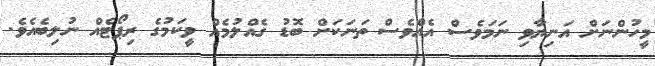
މީހުންނަށް އަނިޔާވި ނަމަވެސް އެއްވެސް ތަނަކަށް ބޮޑު ގެއްލުމެއް ވީކަމުގެ ރިޕޯޓެއް ނުލިބެއެވެ.